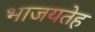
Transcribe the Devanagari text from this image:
भाजयतेह